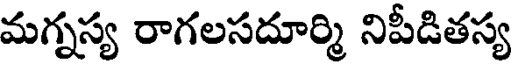
మగ్నస్య రాగలసదూర్మి నిపీడితస్య